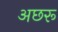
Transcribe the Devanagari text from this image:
अछरू